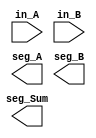
// Copyright (C) 2016  Intel Corporation. All rights reserved.
// Your use of Intel Corporation's design tools, logic functions 
// and other software and tools, and its AMPP partner logic 
// functions, and any output files from any of the foregoing 
// (including device programming or simulation files), and any 
// associated documentation or information are expressly subject 
// to the terms and conditions of the Intel Program License 
// Subscription Agreement, the Intel Quartus Prime License Agreement,
// the Intel MegaCore Function License Agreement, or other 
// applicable license agreement, including, without limitation, 
// that your use is for the sole purpose of programming logic 
// devices manufactured by Intel and sold by Intel or its 
// authorized distributors.  Please refer to the applicable 
// agreement for further details.

module Lab1Top_Ahmed_A
(
// {ALTERA_ARGS_BEGIN} DO NOT REMOVE THIS LINE!

	in_A,
	in_B,
	seg_A,
	seg_B,
	seg_Sum
// {ALTERA_ARGS_END} DO NOT REMOVE THIS LINE!

);

// {ALTERA_IO_BEGIN} DO NOT REMOVE THIS LINE!
input	[3:0]	in_A;
input	[3:0]	in_B;
output	[6:0]	seg_A;
output	[6:0]	seg_B;
output	[6:0]	seg_Sum;

// {ALTERA_IO_END} DO NOT REMOVE THIS LINE!
// {ALTERA_MODULE_BEGIN} DO NOT REMOVE THIS LINE!
// {ALTERA_MODULE_END} DO NOT REMOVE THIS LINE!
endmodule